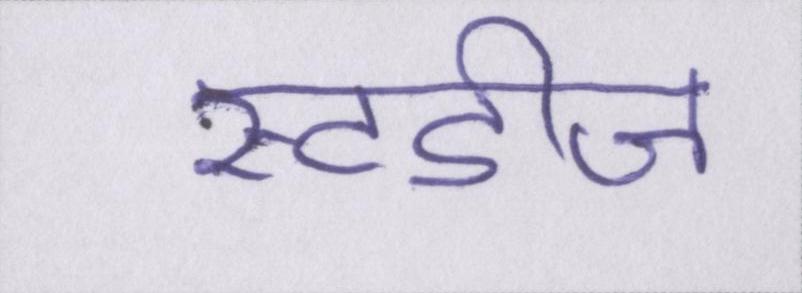
स्टडीज